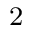
_ { \textrm { 2 } }